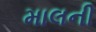
માલની